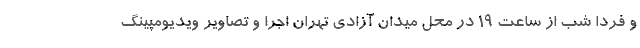
و فردا شب از ساعت 19 در محل میدان آزادی تهران اجرا و تصاویر ویدیومپینگ